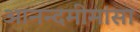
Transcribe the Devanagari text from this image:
आनन्दमीमांसा